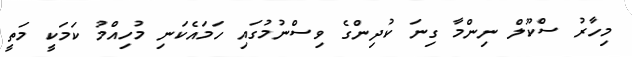
މިހާރު ސްކޫލް ނިންމާ ގިނަ ކުދިންގެ ވިސްނުމުގައި ހަމައެކަނި މުހިއްމު ކަމަކީ މަތީ